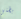
بطني